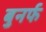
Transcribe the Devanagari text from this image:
बुनर्फ